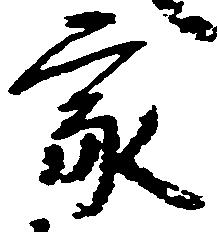
家